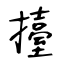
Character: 擡